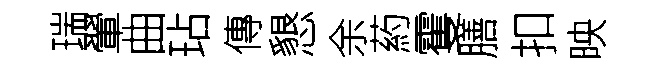
瑞翬曲玷傳懇余葯䨥膳扣映